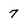
Character: 7